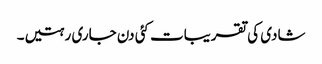
شادی کی تقریبات کئی دن جاری رہتیں۔